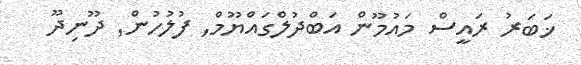
ޚަބަރު ރައީސް މައުމޫން އަބްދުލްގައްޔޫމް